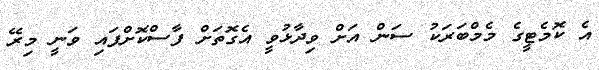
އެ ކޮމެޓީގެ މެމްްބަރަކު ސަން އަށް ވިދާޅުވީ އެގޮތަށް ފާސްކޮށްފައި ވަނީ މިރޭ